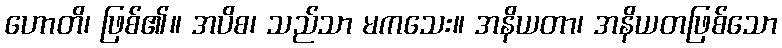
ဟောတိ၊ ဖြစ်၏။ အပိစ၊ သည်သာ မကသေး။ အနိယတာ၊ အနိယတဖြစ်သော